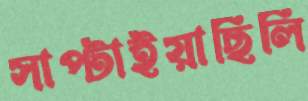
সাপ্‌টাইয়াছিলি